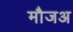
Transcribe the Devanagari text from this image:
मौजअ